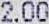
2.00